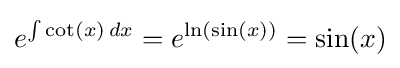
e^{\int \cot(x)\,dx}=e^{\ln(\sin(x))}=\sin(x)